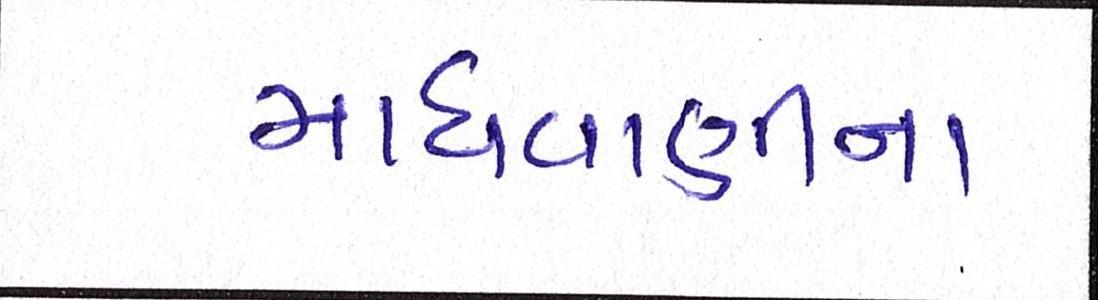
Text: માધવાણીના